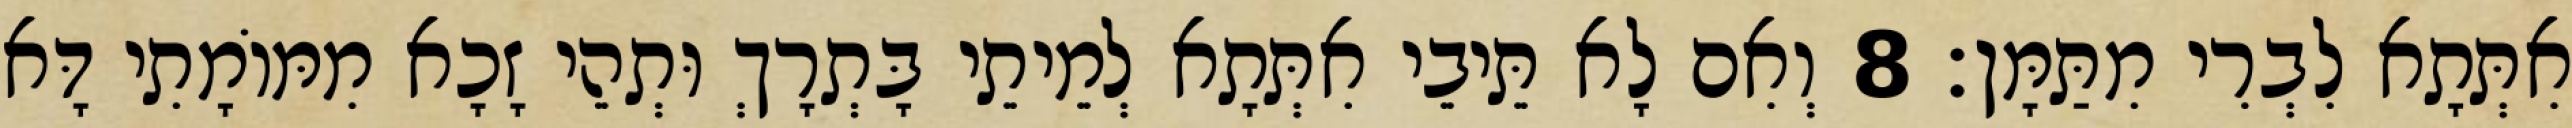
אִתְּתָא לִבְרִי מִתַּמָּן׃ 8 וְאִם לָא תֵּיבֵי אִתְּתָא לְמֵיתֵי בָּתְרָךְ וּתְהֵי זָכָא מִמּוֹמָתִי דָּא